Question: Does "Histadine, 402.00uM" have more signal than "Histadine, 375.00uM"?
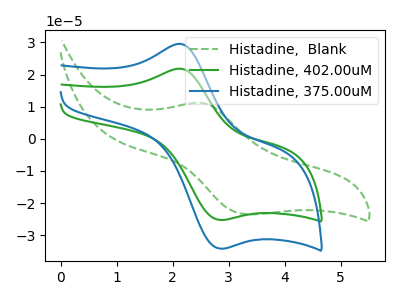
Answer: <think>The green dashed curve "Histadine,  Blank" has an anodic peak at (2.50V, 11.20uA) and a cathodic peak at (3.35V, -23.50uA). The green curve "Histadine, 402.00uM" has an anodic peak at (2.10V, 21.85uA) and a cathodic peak at (2.85V, -25.20uA). The blue curve "Histadine, 375.00uM" has an anodic peak at (2.10V, 29.55uA) and a cathodic peak at (2.85V, -34.15uA).
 All the peaks in "Histadine, 402.00uM" have a peak in "Histadine, 375.00uM" at the same potential. Every peak in "Histadine, 402.00uM" is lower than every peak in "Histadine, 375.00uM".</think>
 <answer>"Histadine, 402.00uM" has less signal than "Histadine, 375.00uM".</answer>
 <eval>less_signal</eval>